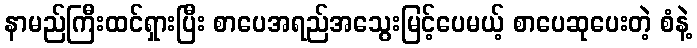
နာမည်ကြီးထင်ရှားပြီး စာပေအရည်အသွေးမြင့်ပေမယ့် စာပေဆုပေးတဲ့ စံနဲ့